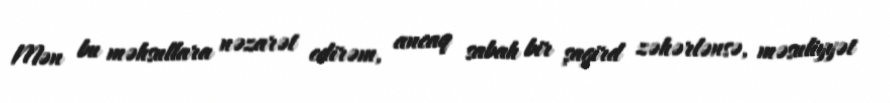
Mən bu məhsullara nəzarət edirəm, ancaq sabah bir şagird zəhərlənsə, məsuliyyət